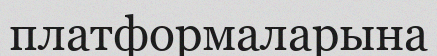
платформаларына